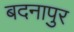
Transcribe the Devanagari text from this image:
बदनापुर